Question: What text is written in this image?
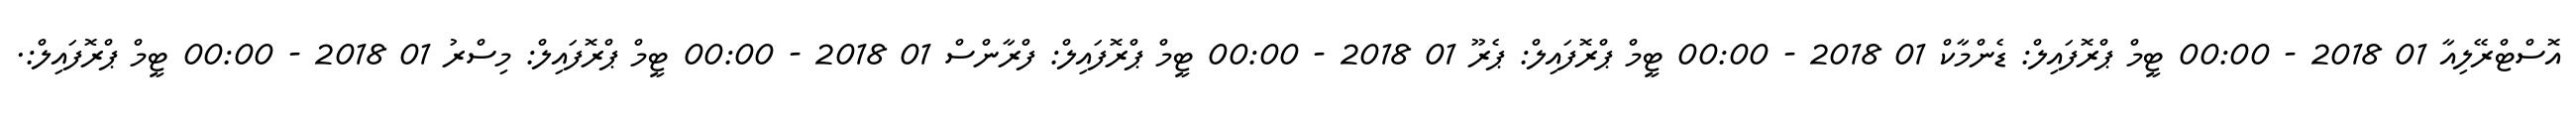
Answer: އޮސްޓްރޭލިއާ 01 2018 - 00:00 ޓީމް ޕްރޮފައިލް: ޑެންމާކް 01 2018 - 00:00 ޓީމް ޕްރޮފައިލް: ޕެރޫ 01 2018 - 00:00 ޓީމް ޕްރޮފައިލް: ފްރާންސް 01 2018 - 00:00 ޓީމް ޕްރޮފައިލް: މިސްރު 01 2018 - 00:00 ޓީމް ޕްރޮފައިލް:.